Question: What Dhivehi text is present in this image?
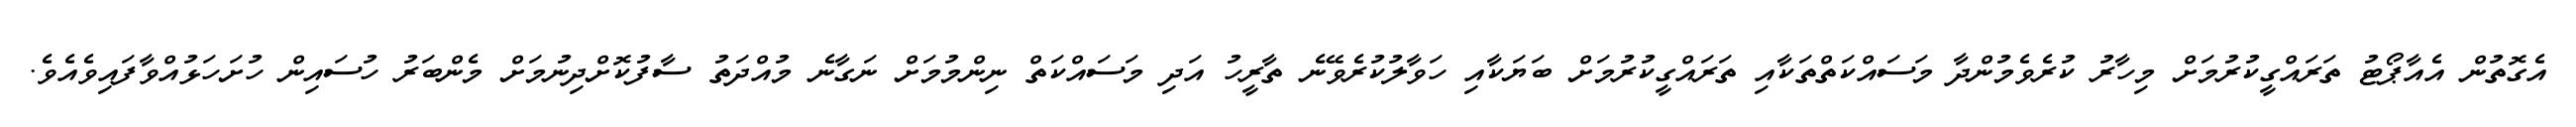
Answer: އެގޮތުން އެއާޕޯޓު ތަރައްގީކުރުމަށް މިހާރު ކުރެވެމުންދާ މަސައްކަތްތަކާއި ތަރައްގީކުރުމަށް ބަޔަކާއި ހަވާލުކުރެވޭނެ ތާރީހު އަދި މަސައްކަތް ނިންމުމަށް ނަގާނެ މުއްދަތު ސާފުކޮށްދިނުމަށް މެންބަރު ހުސައިން ހުށަހަޅުއްވާފައިވެއެވެ.